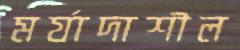
মর্যাদাশীল